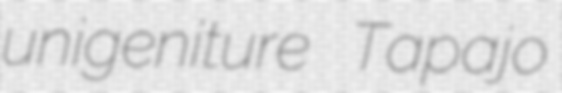
unigeniture Tapajo